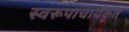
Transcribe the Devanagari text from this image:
स्वरूपाचार्यकृत